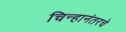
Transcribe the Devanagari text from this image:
चिन्हानंतरचे